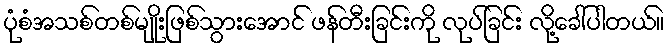
ပုံစံအသစ်တစ်မျိုးဖြစ်သွားအောင် ဖန်တီးခြင်းကို လုပ်ခြင်း လို့ခေါ်ပါတယ်။